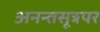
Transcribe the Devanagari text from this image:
अनन्तसूत्रपर